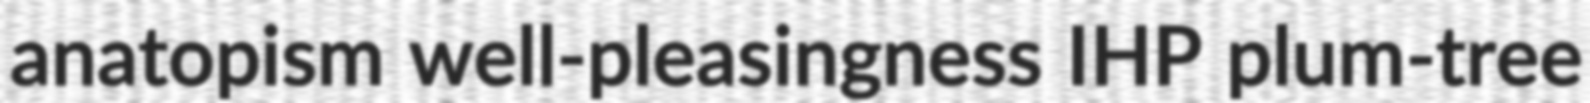
anatopism well-pleasingness IHP plum-tree